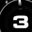
Digit: 3